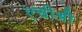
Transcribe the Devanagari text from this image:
एचीश्री